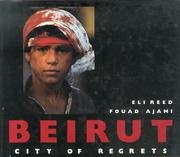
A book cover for Beirut: City of Regrets; Fouad Ajami; History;